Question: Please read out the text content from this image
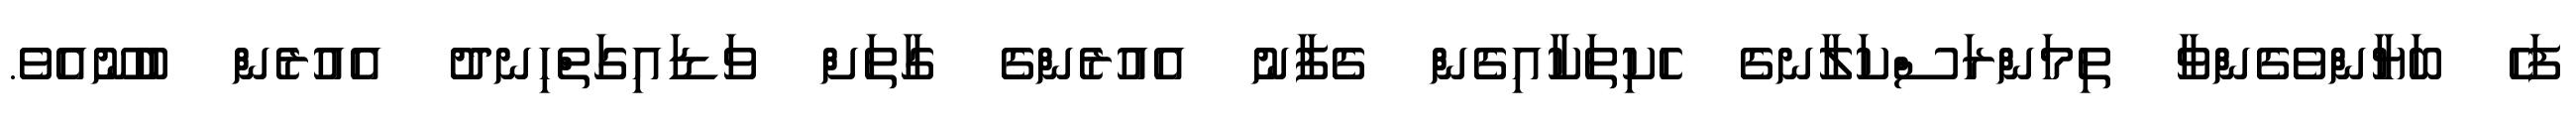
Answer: ފަހެ ބަޔާންވެގެންވާ ތިމަންރަސްކަލާނގެ ހެކިތަކާއިގެން ގެފާނު އެއުރެންގެ ގާތަށް ވަޑައިގަތްހިނދު އެއުރެން ބުނޫއެވެ.